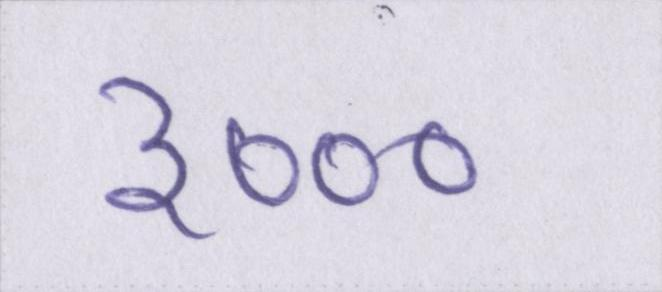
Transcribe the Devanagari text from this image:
३०००